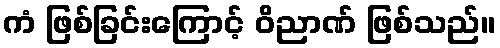
ကံ ဖြစ်ခြင်းကြောင့် ဝိညာဏ် ဖြစ်သည်။